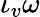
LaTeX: \iota_{v}\omega